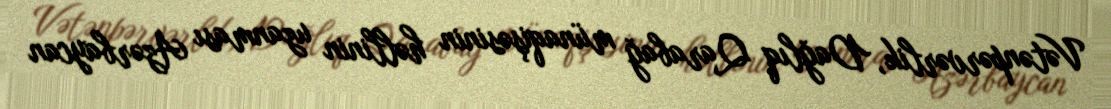
Vətənpərvərlik, Dağlıq Qarabağ münaqişəsinin həllinin uzanması Azərbaycan